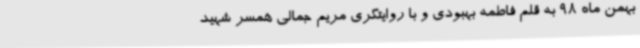
بهمن ماه 98 به قلم فاطمه بهبودی و با روایتگری مریم جمالی همسر شهید